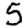
Digit: 5